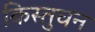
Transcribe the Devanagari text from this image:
किस्तुघन